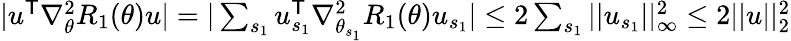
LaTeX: \begin{array}{r}{|u^{\mathsf T}\nabla_{\theta}^{2}R_{1}(\theta)u|=|\sum_{s_{1}}u_{s_{1}}^{\mathsf T}\nabla_{\theta_{s_{1}}}^{2}R_{1}(\theta)u_{s_{1}}|\le 2\sum_{s_{1}}||u_{s_{1}}||_{\infty}^{2}\le 2||u||_{2}^{2}}\end{array}